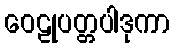
ဝေဠုပတ္တပါဒုကာ